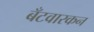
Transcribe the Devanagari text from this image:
बँटवारकन